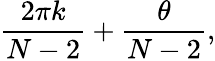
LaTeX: \frac{2\pi k}{N-2}+\frac{\theta}{N-2},